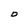
Character: D